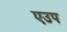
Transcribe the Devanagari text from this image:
एउप